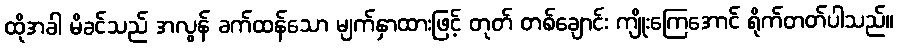
ထိုအခါ မိခင်သည် အလွန် ခက်ထန်သော မျက်နှာထားဖြင့် တုတ် တစ်ချောင်း ကျိုးကြေအောင် ရိုက်တတ်ပါသည်။